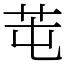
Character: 芚